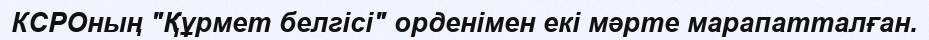
КСРОның "Құрмет белгісі" орденімен екі мәрте марапатталған.